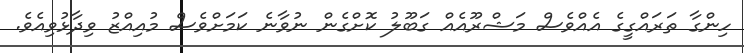
ހިންގާ ތަރައްގީގެ އެއްވެސް މަޝްރޫއެއް ގަބޫލު ކޮށްގެން ނުވާނެ ކަމަށްވެސް މުއިއްޒު ވިދާޅުވިއެވެ.